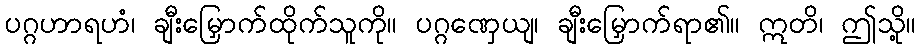
ပဂ္ဂဟာရဟံ၊ ချီးမြှောက်ထိုက်သူကို။ ပဂ္ဂဏှေယျ၊ ချီးမြှောက်ရာ၏။ ဣတိ၊ ဤသို့။